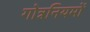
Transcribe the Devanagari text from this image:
गोत्रनियमों